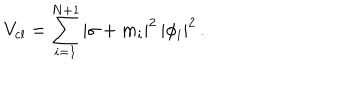
V _ { \mathrm { c l } } = \sum _ { i = 1 } ^ { N + 1 } | \sigma + m _ { i } | ^ { 2 } \, | \phi _ { i } | ^ { 2 } \, .